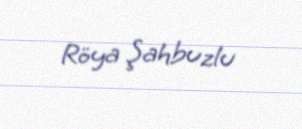
Röya Şahbuzlu